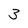
Character: 3